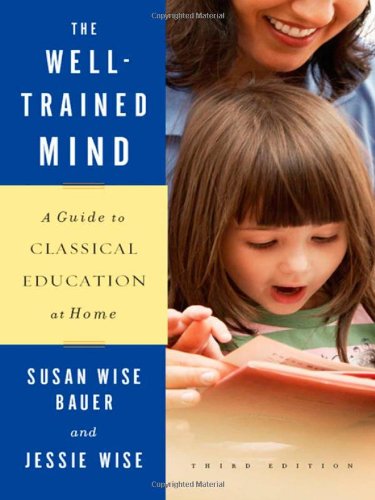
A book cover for The Well-Trained Mind: A Guide to Classical Education at Home (Third Edition); Susan Wise Bauer; Education & Teaching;